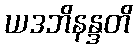
ယဒဘိနန္ဒတိ